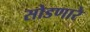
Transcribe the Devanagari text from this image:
सोडणारे